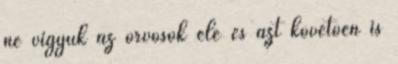
ne vigyük az orvosok elé és azt követõen is